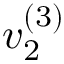
v _ { 2 } ^ { ( 3 ) }